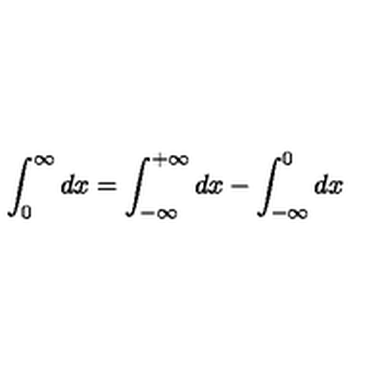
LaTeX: \int _ { 0 } ^ { \infty } d x = \int _ { - \infty } ^ { + \infty } d x - \int _ { - \infty } ^ { 0 } d x